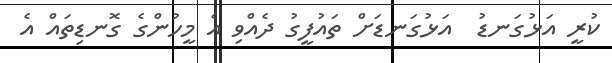
ކުރީ އަޅުގަނޑު  އަޅުގަނޑަށް ތައުފީގު ދެއްވި އެ މީހުންގެ ގޮނޑިތައް އެ